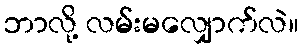
ဘာလို့ လမ်းမလျှောက်လဲ။